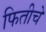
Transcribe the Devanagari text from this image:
फितीचे